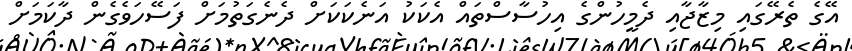
އޭގެ ތެރޭގައި މިޒާޖާއި ދެމީހުންގެ އިހުސާސްތައް އެކަކު އަނެކަކަށް ދެނެގަތުމަށް ފަސޭހަވެގެން ދާކަމަށް